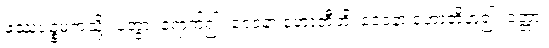
ဖဿပဉ္စမကသို့။ ပတွာ၊ ရောက်၍။ ဝေဒနာ ဟောတီတိ၊ ဝေဒနာ ဟောတိဟူ၍။ ဝုတ္တာ၊